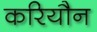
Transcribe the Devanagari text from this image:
करियौन